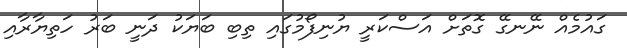
ގައުމެއް ނޭނގޭ ގޮތަށް އަސްކަރީ ޔުނިފޯމުގައި ތިބި ބަޔަކު ދަނީ ބަރު ހަތިޔާރާއި